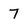
Character: 7